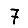
Digit: 7